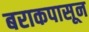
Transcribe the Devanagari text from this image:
बराकपासून